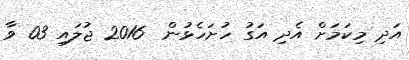
އަދި މިކަމަށް އެދި އަގު ހުށަހެޅުން  2016 ޖުލައި 03 ވާ